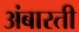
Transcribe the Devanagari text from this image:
अंबारती